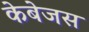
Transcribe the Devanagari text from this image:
केबेजस